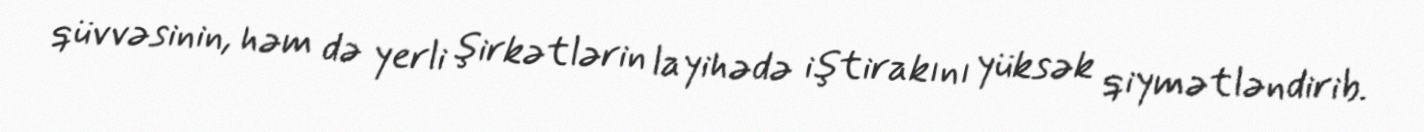
qüvvəsinin, həm də yerli şirkətlərin layihədə iştirakını yüksək qiymətləndirib.